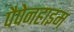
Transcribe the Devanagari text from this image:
पैपेनहाइम